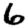
Digit: 6